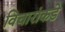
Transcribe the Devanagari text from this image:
विचारांकडे